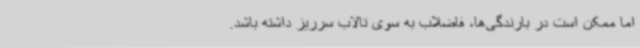
اما ممکن است در بارندگی‌ها، فاضلاب به سوی تالاب سرریز داشته باشد.